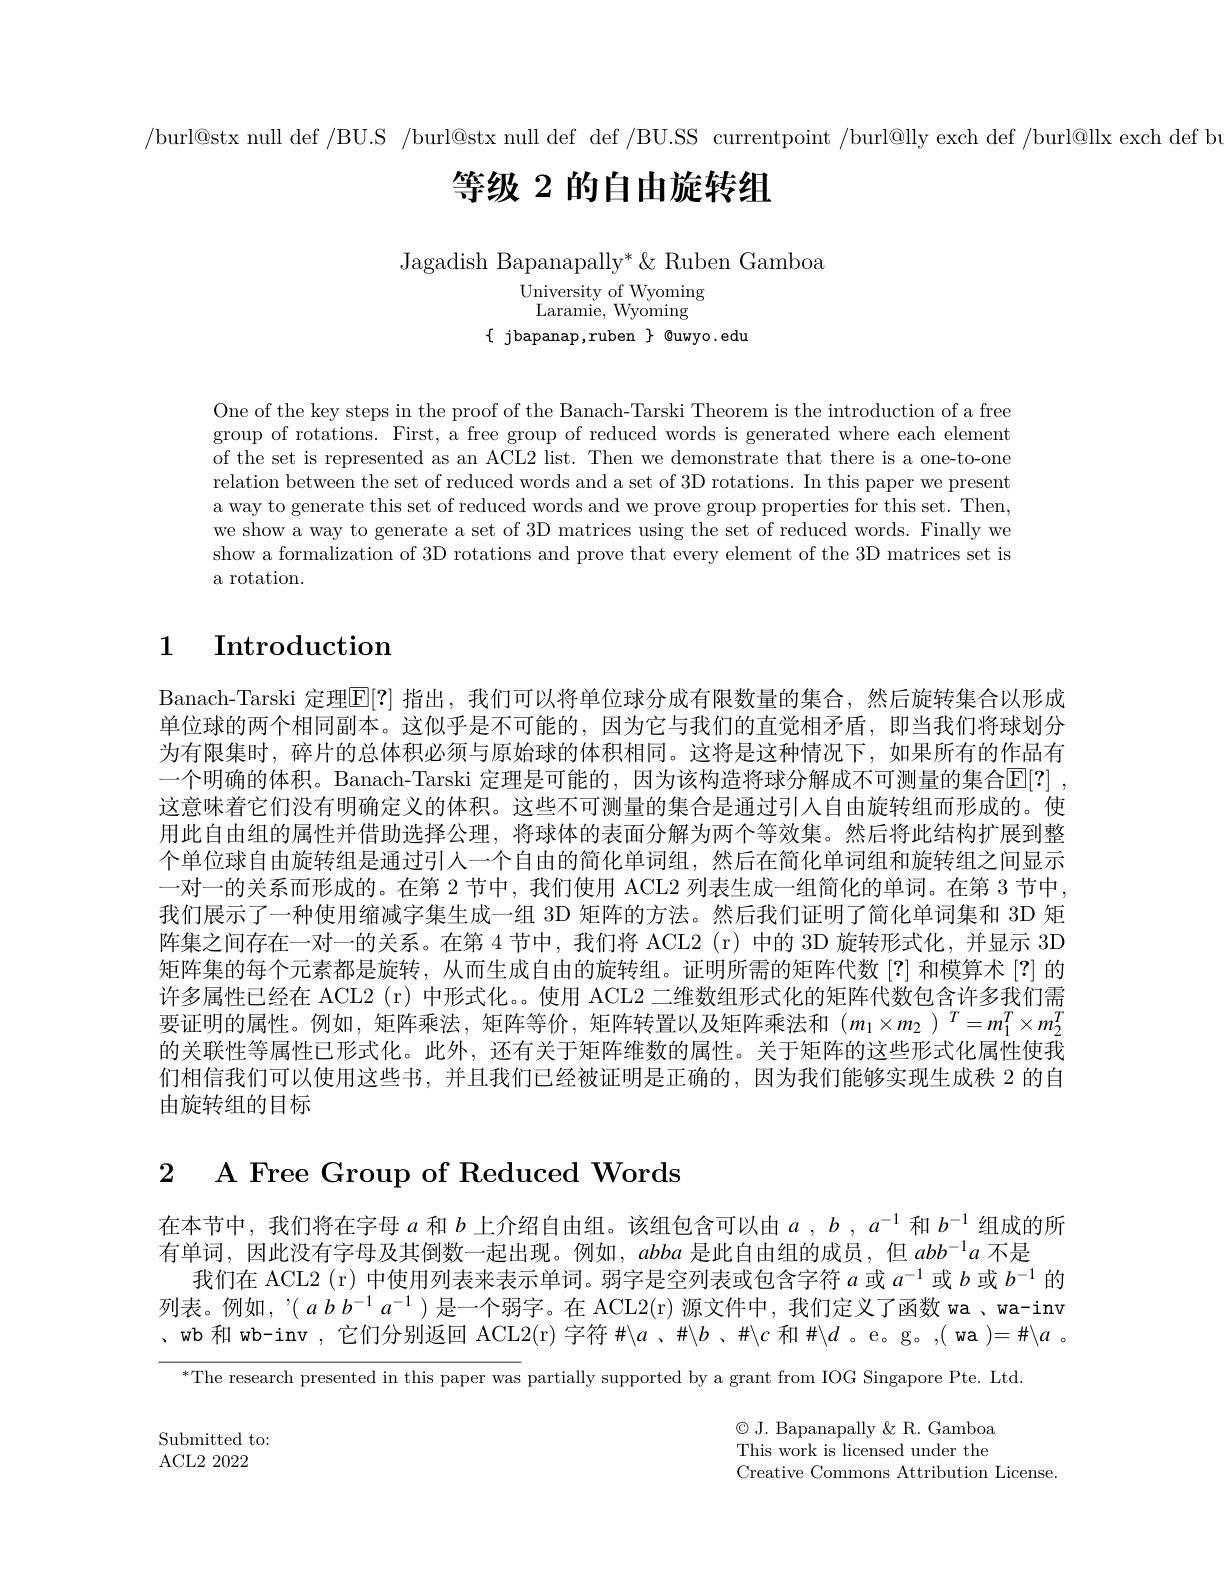
/burl@stx null def /BU.S /burl@stx null def def /BU.SS currentpoint /burl@lly exch def /burl@llx exch def b

# 等级 2 的自由旋转组

Jagadish Bapanapally* & Ruben Gamboa
$\mathop{\mathrm{University~of~Wyoming}}$ Laramie, Wyoming
$\{$jbapanap,ruben$\}$@uwyo.edu

One of the key steps in the proof of the Banach-Tarski Theorem is the introduction of a free group of rotations. First, a free group of reduced words is generated where each element of the set is represented as an ACL2 list. Then we demonstrate that there is a one-to-one relation between the set of reduced words and a set of 3D rotations. In this paper we present a way to generate this set of reduced words and we prove group properties for this set. Then, we show a way to generate a set of 3D matrices using the set of reduced words. Finally we show a formalization of 3D rotations and prove that every element of the 3D matrices set is a rotation.

# 1 $\textbf{Introduction}$

Banach-Tarski 定理$\mathbb{E}[?]$ 指出，我们可以将单位球分成有限数量的集合，然后旋转集合以形成单位球的两个相同副本。这似乎是不可能的，因为它与我们的直觉相矛盾，即当我们将球划分为有限集时，碎片的总体积必须与原始球的体积相同。这将是这种情况下，如果所有的作品有一个明确的体积。Banach-Tarski 定理是可能的，因为该构造将球分解成不可测量的集合$\mathbb{E}[?]$ , 这意味着它们没有明确定义的体积。这些不可测量的集合是通过引入自由旋转组而形成的。使用此自由组的属性并借助选择公理，将球体的表面分解为两个等效集。然后将此结构扩展到整个单位球自由旋转组是通过引人一个自由的简化单词组，然后在简化单词组和旋转组之间显示一对一的关系而形成的。在第 2 节中，我们使用 ACL2 列表生成一组简化的单词。在第 3 节中， 我们展示了一种使用缩减字集生成一组 3D 矩阵的方法。然后我们证明了简化单词集和 3D 矩阵集之间存在一对一的关系。在第 4 节中，我们将 ACL2 (r) 中的 3D 旋转形式化，并显示 3D 矩阵集的每个元素都是旋转，从而生成自由的旋转组。证明所需的矩阵代数[?] 和模算术[?] 的许多属性已经在 ACL2 (r) 中形式化。。使用 ACL2 二维数组形式化的矩阵代数包含许多我们需要证明的属性。例如，矩阵乘法，矩阵等价，矩阵转置以及矩阵乘法和$(m_1\times m_2)^T=m_1^T\times m_2^T$ 的关联性等属性已形式化。此外，还有关于矩阵维数的属性。关于矩阵的这些形式化属性使我们相信我们可以使用这些书，并且我们已经被证明是正确的，因为我们能够实现生成秩 2 的自由旋转组的目标

2 A Free Group of Reduced Words

在本节中，我们将在字母$a$和$b$上介绍自由组。该组包含可以由$a,b,a^-1$和$b^{-1}$组成的所
有单词，因此没有字母及其倒数一起出现。例如，abba是此自由组的成员，但$abb^{-1}a$不是
我们在 ACL2 (r) 中使用列表来表示单词。弱字是空列表或包含字符$a$或$a^{-1}$或$b$或$b^{-1}$的列表。例如，’( $abb^{-1}a^{-1}$ )是一个弱字。在 ACL2(r) 源文件中，我们定义了函数 wa、wa-inv 、wb 和 wb-inv , 它们分别返回 ACL2(r) 字符$\#\backslash a$ 、#$\backslash b$ 、#$\backslash c$和#$\backslash d$ 。e。g。,( wa $)=\#\backslash a$ 。

$^{*}$The research presented in this paper was partially supported by a grant from IOG Singapore Pte. Ltd.

Submitted to:
ACL2 2022

$\textcircled{\mathrm{C}}$J. Bapanapally $\&$ R. Gamboa This work is licensed under the Creative Commons Attribution License.